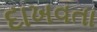
દાખવતા